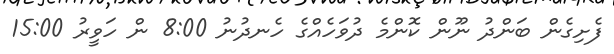
ފެށިގެން ބަންދު ނޫން ކޮންމެ ދުވަހެއްގެ ހެނދުނު 8:00 ން ހަވީރު 15:00